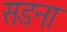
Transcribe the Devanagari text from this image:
सडना